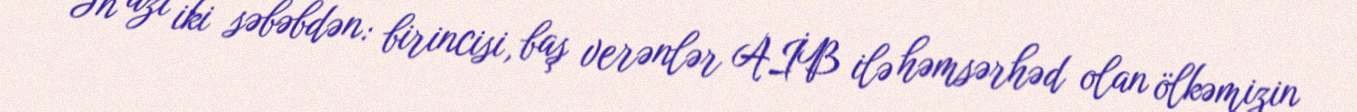
Ən azı iki səbəbdən: birincisi, baş verənlər AİB ilə həmsərhəd olan ölkəmizin